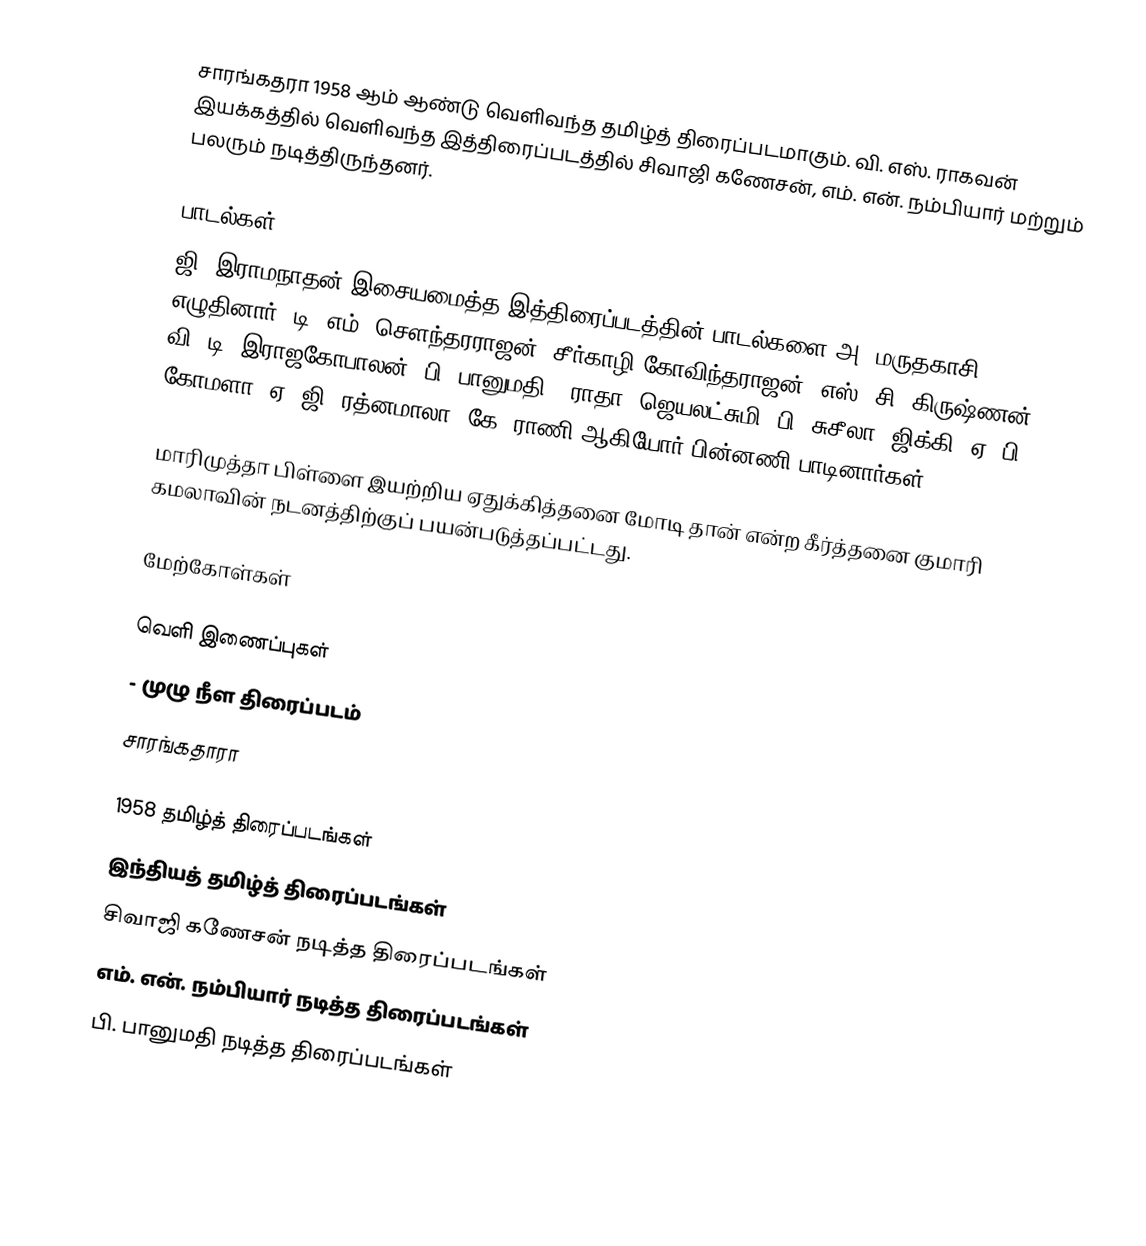
சாரங்கதரா 1958 ஆம் ஆண்டு வெளிவந்த தமிழ்த் திரைப்படமாகும். வி. எஸ். ராகவன் இயக்கத்தில் வெளிவந்த இத்திரைப்படத்தில் சிவாஜி கணேசன், எம். என். நம்பியார் மற்றும் பலரும் நடித்திருந்தனர்.

பாடல்கள்
ஜி. இராமநாதன் இசையமைத்த இத்திரைப்படத்தின் பாடல்களை அ. மருதகாசி எழுதினார். டி. எம். சௌந்தரராஜன், சீர்காழி கோவிந்தராஜன், எஸ். சி. கிருஷ்ணன், வி. டி. இராஜகோபாலன், பி. பானுமதி, (ராதா) ஜெயலட்சுமி, பி. சுசீலா, ஜிக்கி, ஏ. பி. கோமளா, ஏ. ஜி. ரத்னமாலா, கே. ராணி ஆகியோர் பின்னணி பாடினார்கள்.

மாரிமுத்தா பிள்ளை இயற்றிய ஏதுக்கித்தனை மோடி தான் என்ற கீர்த்தனை குமாரி கமலாவின் நடனத்திற்குப் பயன்படுத்தப்பட்டது.

மேற்கோள்கள்

வெளி இணைப்புகள்
 - முழு நீள திரைப்படம்
 சாரங்கதாரா

1958 தமிழ்த் திரைப்படங்கள்
இந்தியத் தமிழ்த் திரைப்படங்கள்
சிவாஜி கணேசன் நடித்த திரைப்படங்கள்
எம். என். நம்பியார் நடித்த திரைப்படங்கள்
பி. பானுமதி நடித்த திரைப்படங்கள்